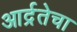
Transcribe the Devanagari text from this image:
आर्द्रतेचा